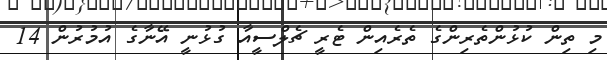
މި ތިން ކުޅުންތެރިންގެ ތެރެއިން ޓެރީ ޗެލްސީއާ ގުޅުނީ އޭނާގެ އުމުރުން 14